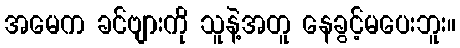
အမေက ခင်ဗျားကို သူနဲ့အတူ နေခွင့်မပေးဘူး။